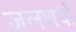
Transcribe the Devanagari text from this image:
जलशयों